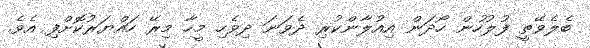
ބެލެވޭތީ ފުލުހުން ހޯދަން އިއުލާންކުރި ދެވަނަ ދިވެހި މީހާ މިރޭ ހައްޔަރުކޮށްފި އެވެ.